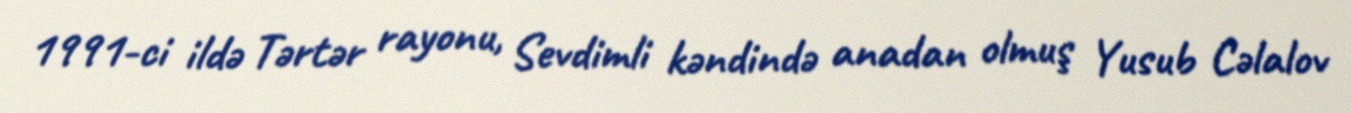
1991-ci ildə Tərtər rayonu, Sevdimli kəndində anadan olmuş Yusub Cəlalov